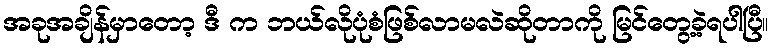
အခုအချိန်မှာတော့ ဒီ က ဘယ်လိုပုံစံဖြစ်လာမလဲဆိုတာကို မြင်တွေ့ခဲ့ရပါပြီ။